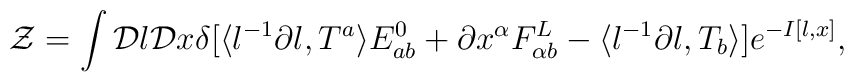
{\cal Z}=\int{\cal D}l{\cal D}x\delta[\langle l^{-1}\partial l,T^{a}\rangle E^{0}_{ab}+\partial x^{\alpha}F^{L}_{\alpha b}-\langle l^{-1}\partial l,T_{b}\rangle]e^{-I[l,x]},